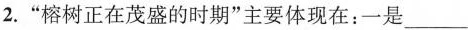
2.”榕树正在茂盛的时期”主要体现在：一是___